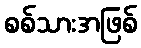
စစ်သားအဖြစ်